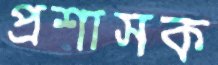
প্রশাসক